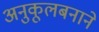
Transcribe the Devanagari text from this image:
अनुकूलबनाने